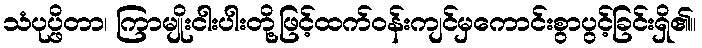
သံပုပ္ဖိတာ၊ ကြာမျိုးငါးပါးတို့ဖြင့်ထက်ဝန်းကျင်မှကောင်းစွာပွင့်ခြင်းရှိ၏။